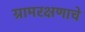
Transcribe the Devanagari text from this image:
ग्रामरक्षणाचे